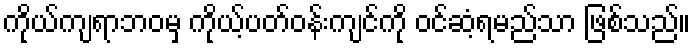
ကိုယ်ကျရာဘဝမှ ကိုယ့်ပတ်ဝန်းကျင်ကို ဝင်ဆံ့ရမည်သာ ဖြစ်သည်။